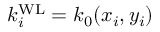
{ k _ { i } ^ { \mathrm { W L } } } = k _ { 0 } ( x _ { i } , y _ { i } )